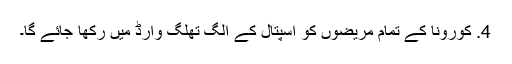
4. کورونا کے تمام مریضوں کو اسپتال کے الگ تھلگ وارڈ میں رکھا جائے گا۔